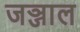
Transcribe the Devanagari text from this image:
जञ्जाल